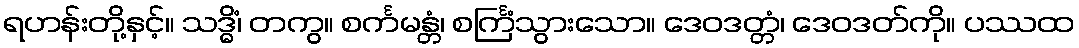
ရဟန်းတို့နှင့်။ သဒ္ဓိံ၊ တကွ။ စင်္ကမန္တံ၊ စင်္ကြံသွားသော။ ဒေဝဒတ္တံ၊ ဒေဝဒတ်ကို။ ပဿထ